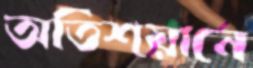
অতিশয়ানে